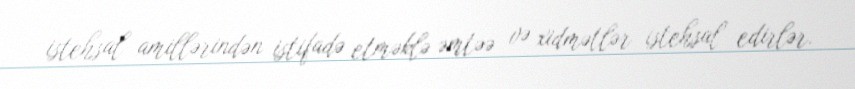
istehsal amillərindən istifadə etməklə əmtəə və xidmətlər istehsal edirlər.